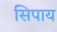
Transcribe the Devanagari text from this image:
सिपाय